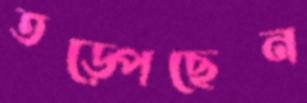
তড়্‌পেছেন